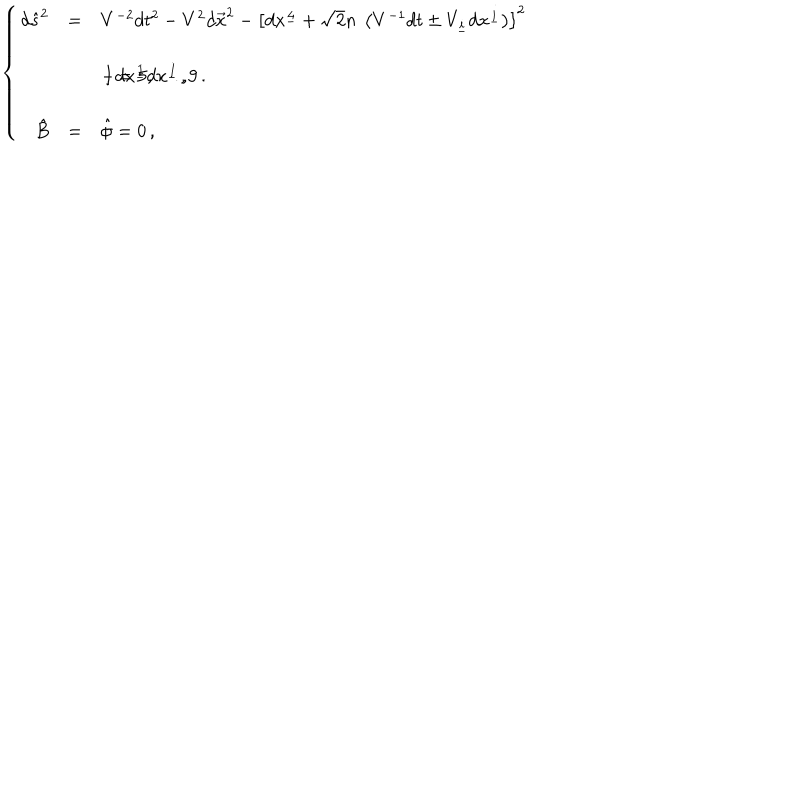
\left\{ \begin{array} { r c l } { { d \hat { s } ^ { 2 } } } & { { = } } & { { V ^ { - 2 } d t ^ { 2 } - V ^ { 2 } d \vec { x } ^ { 2 } - \left[ d x ^ { \underline { { { 4 } } } } + \sqrt { 2 } n \ \left( V ^ { - 1 } d t \pm V _ { \underline { { { i } } } } d x ^ { \underline { { { i } } } } \right) \right] ^ { 2 } } } \\ { { } } & { { } } & { { } } \\ { { } } & { { } } & { { - d x ^ { \underline { { { I } } } } d x ^ { \underline { { { I } } } } \, , \hspace { 1 c m } I = 5 , \ldots , 9 \, . } } \\ { { } } & { { } } & { { } } \\ { { \hat { B } } } & { { = } } & { { \hat { \phi } = 0 \, , } } \\ \end{array} \right.